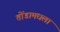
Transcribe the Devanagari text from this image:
तोंडामधला